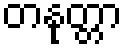
တနုတ္တာ